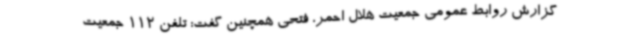
گزارش روابط عمومی جمعیت هلال احمر، فتحی همچنین گفت: تلفن 112 جمعیت